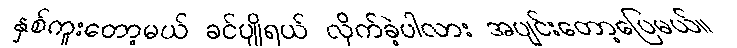
နှစ်ကူးတော့မယ် ခင်ပျိုရယ် လိုက်ခဲ့ပါလား အပျင်းတော့ပြေမယ်။